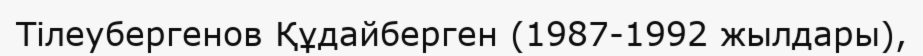
Тілеубергенов Құдайберген (1987-1992 жылдары),